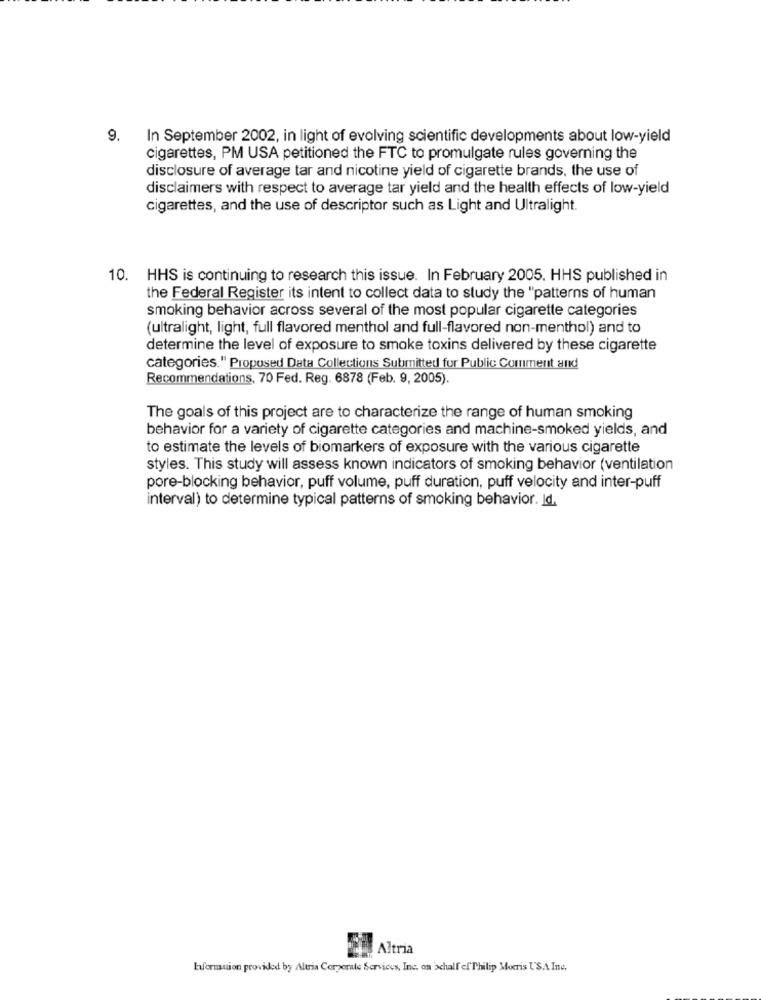
9. In September 2002, in light of evolving scientific developments about low-yield
cigarettes, PM USA petitioned the FTC to promulgate rules governing the
disclosure of average tar and nicotine yield of cigarette brands, the use of
disclaimers with respect to average tar yield and the health effects of low-yield
cigarettes, and the use of descriptor such as Light and Ultralight.
10. HHS is continuing to research this issue. In February 2005. HHS published in
the Federal Register its intent to collect data to study the "patterns of human
smoking behavior across several of the most popular cigarette categories
(ultralight, light, full flavored menthol and full-flavored non-menthol) and to
determine the level of exposure to smoke toxins delivered by these cigarette
categories." Proposed Data Collections Submitted for Public Comment and
Recommendations, 70 Fed. Reg. 6878 (Feb. 9, 2005).
The goals of this project are to characterize the range of human smoking
behavior for a variety of cigarette categories and machine-smoked yields, and
to estimate the levels of biomarkers of exposure with the various cigarette
styles. This study will assess known indicators of smoking behavior (ventilation
pore-blocking behavior, puff volume, puff duration, puff velocity and inter-puff
interval) to determine typical patterns of smoking behavior. Id.
Altria
Euformuion provided by Altria Corporate Services, Inc. on >chalf ef Philip Morris USA Ine.